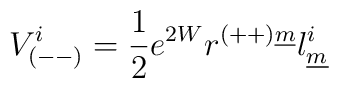
V_{(--)}^i=   {1 \over 2} e^{2W}r^{(++)\underline{m}}l^i_{\underline{m}}